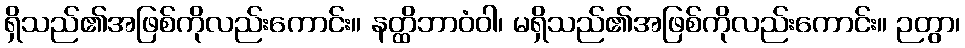
ရှိသည်၏အဖြစ်ကိုလည်းကောင်း။ နတ္ထိဘာဝံဝါ၊ မရှိသည်၏အဖြစ်ကိုလည်းကောင်း။ ဉတွာ၊